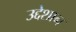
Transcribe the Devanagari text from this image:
उद्देशान